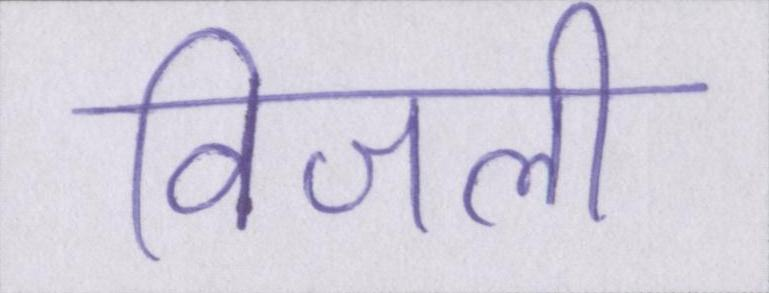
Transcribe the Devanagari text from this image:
विजली